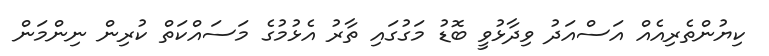
ކިޔުންތެރިއެއް އަސްއަދު ވިދާޅުވީ ބޮޑު މަގުގައި ތާރު އެޅުމުގެ މަސައްކަތް ކުރިން ނިންމަން